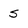
Character: S